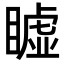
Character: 𥋖